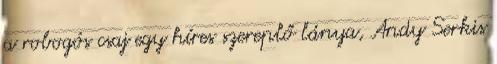
a robogós csaj egy híres szereplő lánya, Andy Serkis